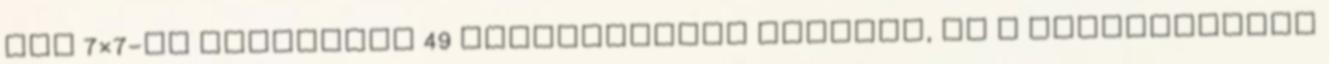
Egy 7×7-es négyzetet 49 kisnégyzetre osztunk, és a kisnégyzetek